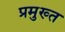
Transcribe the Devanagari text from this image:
प्रमुख्त